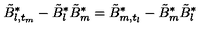
\tilde { B } _ { l , t _ { m } } ^ { * } - \tilde { B } _ { l } ^ { * } \tilde { B } _ { m } ^ { * } = \tilde { B } _ { m , t _ { l } } ^ { * } - \tilde { B } _ { m } ^ { * } \tilde { B } _ { l } ^ { * }